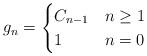
LaTeX: \begin{align*}g_{n}=\begin{cases}C_{n-1} & n\ge1\\1 & n=0\end{cases}\end{align*}